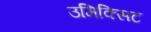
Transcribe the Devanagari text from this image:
उमिक्सिट